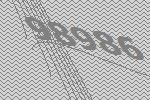
98986